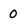
Character: 0